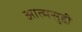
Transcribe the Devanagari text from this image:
आत्मसुद्दी